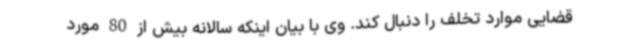
قضایی موارد تخلف را دنبال کند. وی با بیان اینکه سالانه بیش از 80 مورد